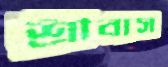
শ্রীবাস